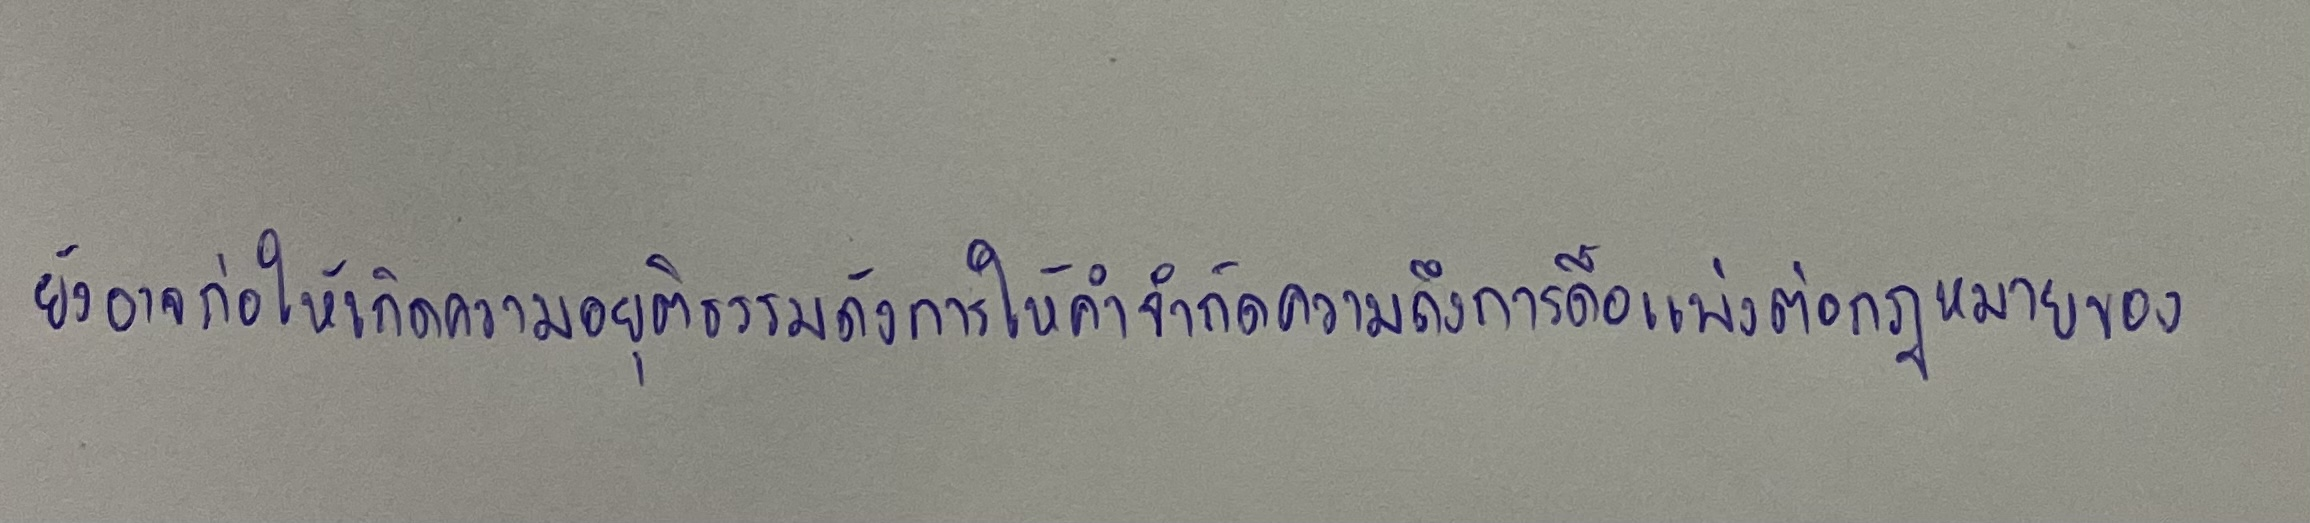
ยังอาจก่อให้เกิดความอยุติธรรมดังการให้คำจำกัดความถึงการดื้อแพ่งต่อกฎหมายของ